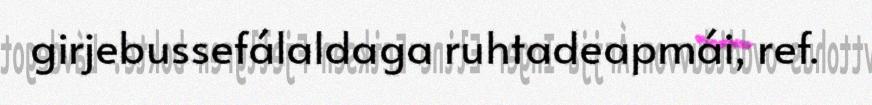
girjebussefálaldaga ruhtadeapmái, ref.